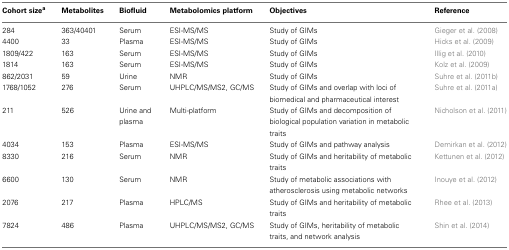
| Cohort sizea | Metabolites | Biofluid | Metabolomics platform | Objectives | Reference |
 | --- | --- | --- | --- | --- | --- |
 | 284 | 363/40401 | Serum | ESI-MS/MS | Study of GIMs | Gieger et al. (2008) |
 | 4400 | 33 | Plasma | ESI-MS/MS | Study of GIMs | Hicks et al. (2009) |
 | 1809/422 | 163 | Serum | ESI-MS/MS | Study of GIMs | Illig et al. (2010) |
 | 1814 | 163 | Serum | ESI-MS/MS | Study of GIMs | Kolz et al. (2009) |
 | 862/2031 | 59 | Urine | NMR | Study of GIMs | Suhre et al. (2011b) |
 | 1768/1052 | 276 | Serum | UHPLC/MS/MS2, GC/MS | Study of GIMs and overlap with loci of biomedical and pharmaceutical interest | Suhre et al. (2011a) |
 | 211 | 526 | Urine and plasma | Multi-platform | Study of GIMs and decomposition of biological population variation in metabolic traits | Nicholson et al. (2011) |
 | 4034 | 153 | Plasma | ESI-MS/MS | Study of GIMs and pathway analysis | Demirkan et al. (2012) |
 | 8330 | 216 | Serum | NMR | Study of GIMs and heritability of metabolic traits | Kettunen et al. (2012) |
 | 6600 | 130 | Serum | NMR | Study of metabolic associations with atherosclerosis using metabolic networks | Inouye et al. (2012) |
 | 2076 | 217 | Plasma | HPLC/MS | Study of GIMs and heritability of metabolic traits | Rhee et al. (2013) |
 | 7824 | 486 | Plasma | UHPLC/MS/MS2, GC/MS | Study of GIMs, heritability of metabolic traits, and network analysis | Shin et al. (2014) |